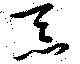
忝